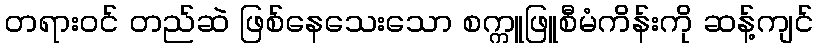
တရားဝင် တည်ဆဲ ဖြစ်နေသေးသော စက္ကူဖြူစီမံကိန်းကို ဆန့်ကျင်